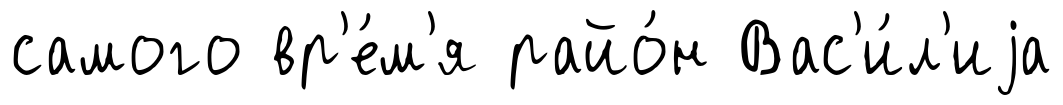
самого вр'е́м'я райо́н Вас'и́л'иjа